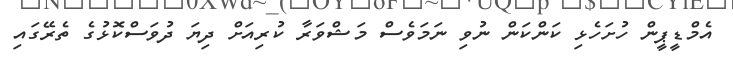
އެމްޑީޕީން ހުށަހެޅި ކަންކަން ނުވި ނަމަވެސް މަޝްވަރާ ކުރިއަށް ދިޔަ ދުވަސްކޮޅުގެ ތެރޭގައި